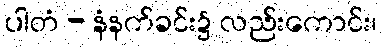
ပါတံ - နံနက်ခင်း၌ လည်းကောင်း၊